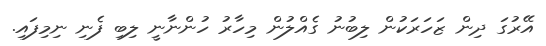
އޭރުގަ ދިން ޒަހަރަކުން ލިބުނު ގެއްލުން މިހާރު ހުންނާނީ ލިބި ފެނި ނިމިފައި.